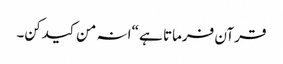
قرآن فرماتا ہے “انہ من کیدکن۔